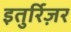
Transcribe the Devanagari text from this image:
इतुर्रिज़र